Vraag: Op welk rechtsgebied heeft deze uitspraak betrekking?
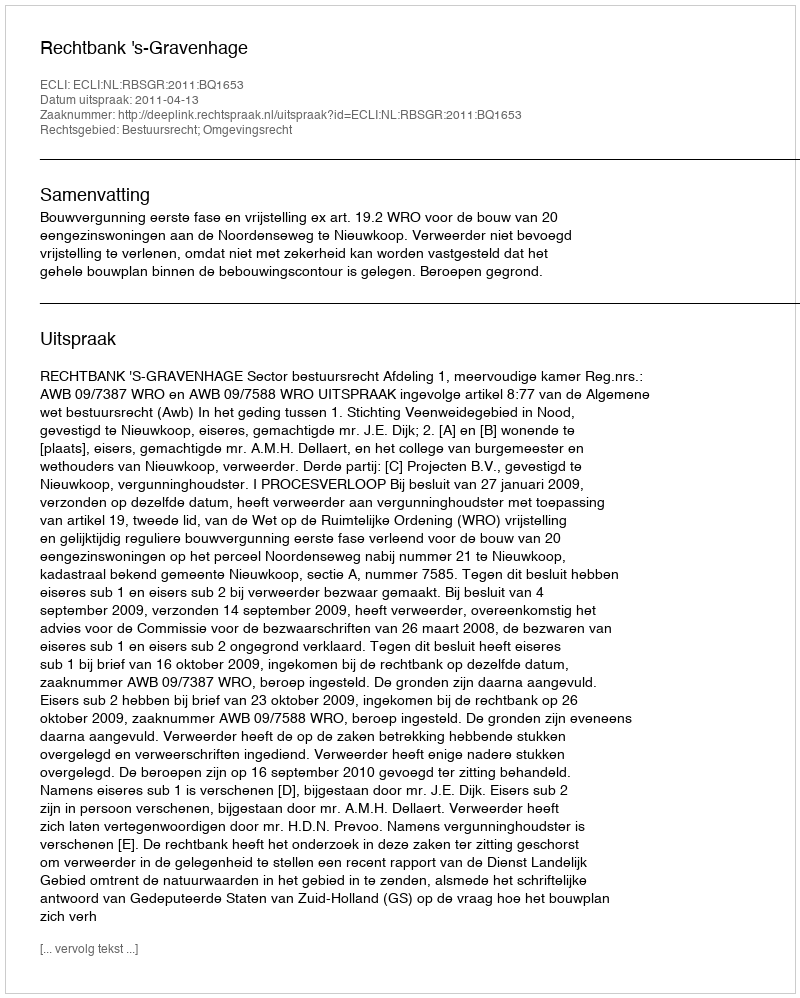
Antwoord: Bestuursrecht; Omgevingsrecht